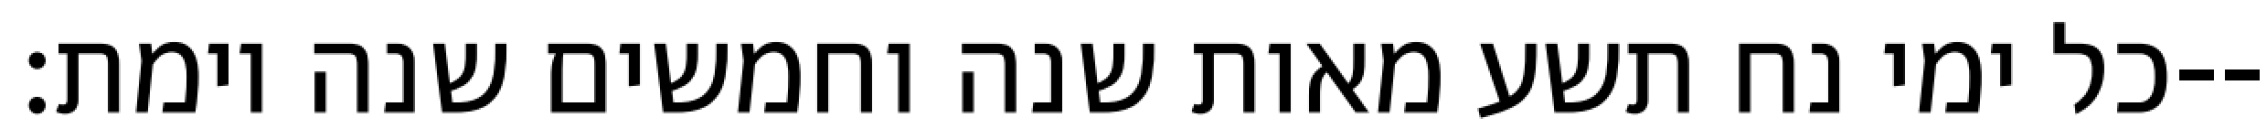
כל ימי נח תשע מאות שנה וחמשים שנה וימת׃--